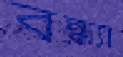
বন্ধ্যা